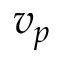
v _ { p }